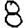
Digit: 8